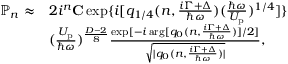
\begin{array} { r l } { \mathbb { P } _ { n } \approx } & { 2 i ^ { n } { \bf C } \exp \{ i [ q _ { 1 / 4 } ( n , \frac { i \Gamma + \Delta } { \hbar \omega } ) ( \frac { \hbar \omega } { U _ { \mathrm { p } } } ) ^ { 1 / 4 } ] \} } \\ & { ( \frac { U _ { \mathrm { p } } } { \hbar \omega } ) ^ { \frac { D - 2 } { 8 } } \frac { \exp [ - i \arg [ q _ { 0 } ( n , \frac { i \Gamma + \Delta } { \hbar \omega } ) ] / 2 ] } { \sqrt { | q _ { 0 } ( n , \frac { i \Gamma + \Delta } { \hbar \omega } ) | } } , } \end{array}